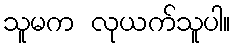
သူမက လုယက်သူပါ။